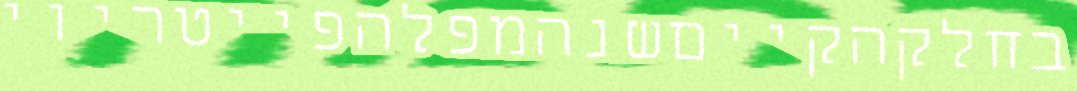
בחלקהקייםשנהמפלהפייטריוי